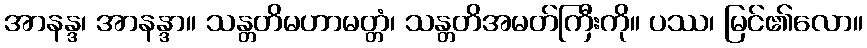
အာနန္ဒ၊ အာနန္ဒာ။ သန္တတိမဟာမတ္တံ၊ သန္တတိအမတ်ကြီးကို။ ပဿ၊ မြင်၏လော။